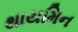
થાયમિન